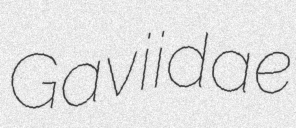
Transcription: Gaviidae